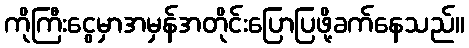
ကိုကြီးငွေမှာအမှန်အတိုင်းပြောပြဖို့ခက်နေသည်။